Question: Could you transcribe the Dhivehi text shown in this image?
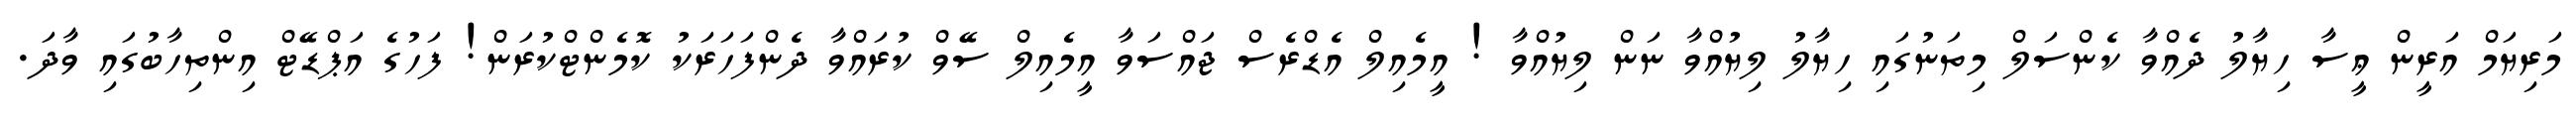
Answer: މަރިޔަމް އަރީން ޢީސާ ހިޔާލު ދެއްވާ ކެންސަލް މިތަނުގައި ހިޔާލު ލިޔުއްވާ ނަން ލިޔުއްވާ ! އީމެއިލް އެޑްރެސް ޖައްސަވާ އީމެއިލް ސޭވް ކުރައްވާ ދެންފަހަރަކު ކޮމެންޓްކުރަން! ފަހުގެ އަޕްޑޭޓް އިންތިހާބުގައި ވާދަ.